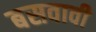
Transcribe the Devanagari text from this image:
बसवावी